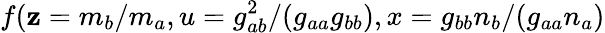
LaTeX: f(\mathbf{z}=m_{b}/m_{a},u=g_{ab}^{2}/(g_{aa}g_{bb}),x=g_{bb}n_{b}/(g_{aa}n_{a})